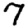
Digit: 7